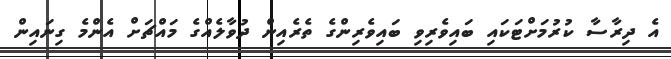
އެ ދިރާސާ ކުރުމަށްޓަކައި ބައިވެރިވި ބައިވެރިންގެ ތެރެއިން ދުވާލެއްގެ މައްޗަށް އެންމެ ގިނައިން